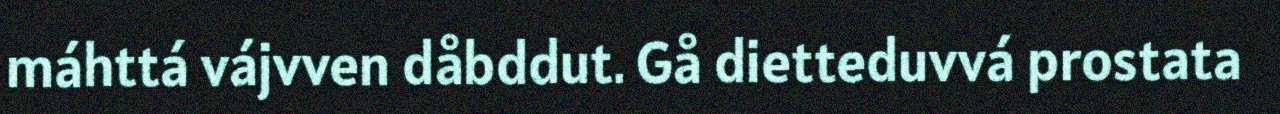
máhttá vájvven dåbddut. Gå dietteduvvá prostata